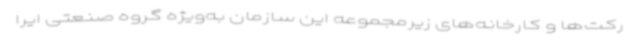
رکت‌ها و کارخانه‌های زیرمجموعه این سازمان به‌ویژه گروه صنعتی ایرا